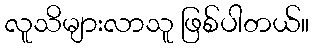
လူသိများလာသူ ဖြစ်ပါတယ်။